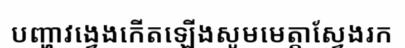
បញ្ហាវង្វេងកើតឡើងសូមមេត្តាស្វែងរក